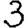
Digit: 3